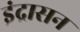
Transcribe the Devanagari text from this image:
इंद्रासन